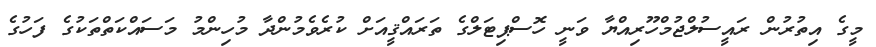
މީގެ އިތުރުން ރައީސުލްޖުމްހޫރިއްޔާ ވަނީ ހޮސްޕިޓަލްގެ ތަރައްޤީއަށް ކުރެވެމުންދާ މުހިންމު މަސައްކަތްތަކުގެ ފަހުގެ